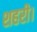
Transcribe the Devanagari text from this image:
शहरी।